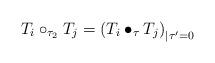
LaTeX: \begin{align*} T_i \circ_{\tau_2} T_j = \left( T_i \bullet_\tau T_j \right)_{|\tau'=0} \end{align*}